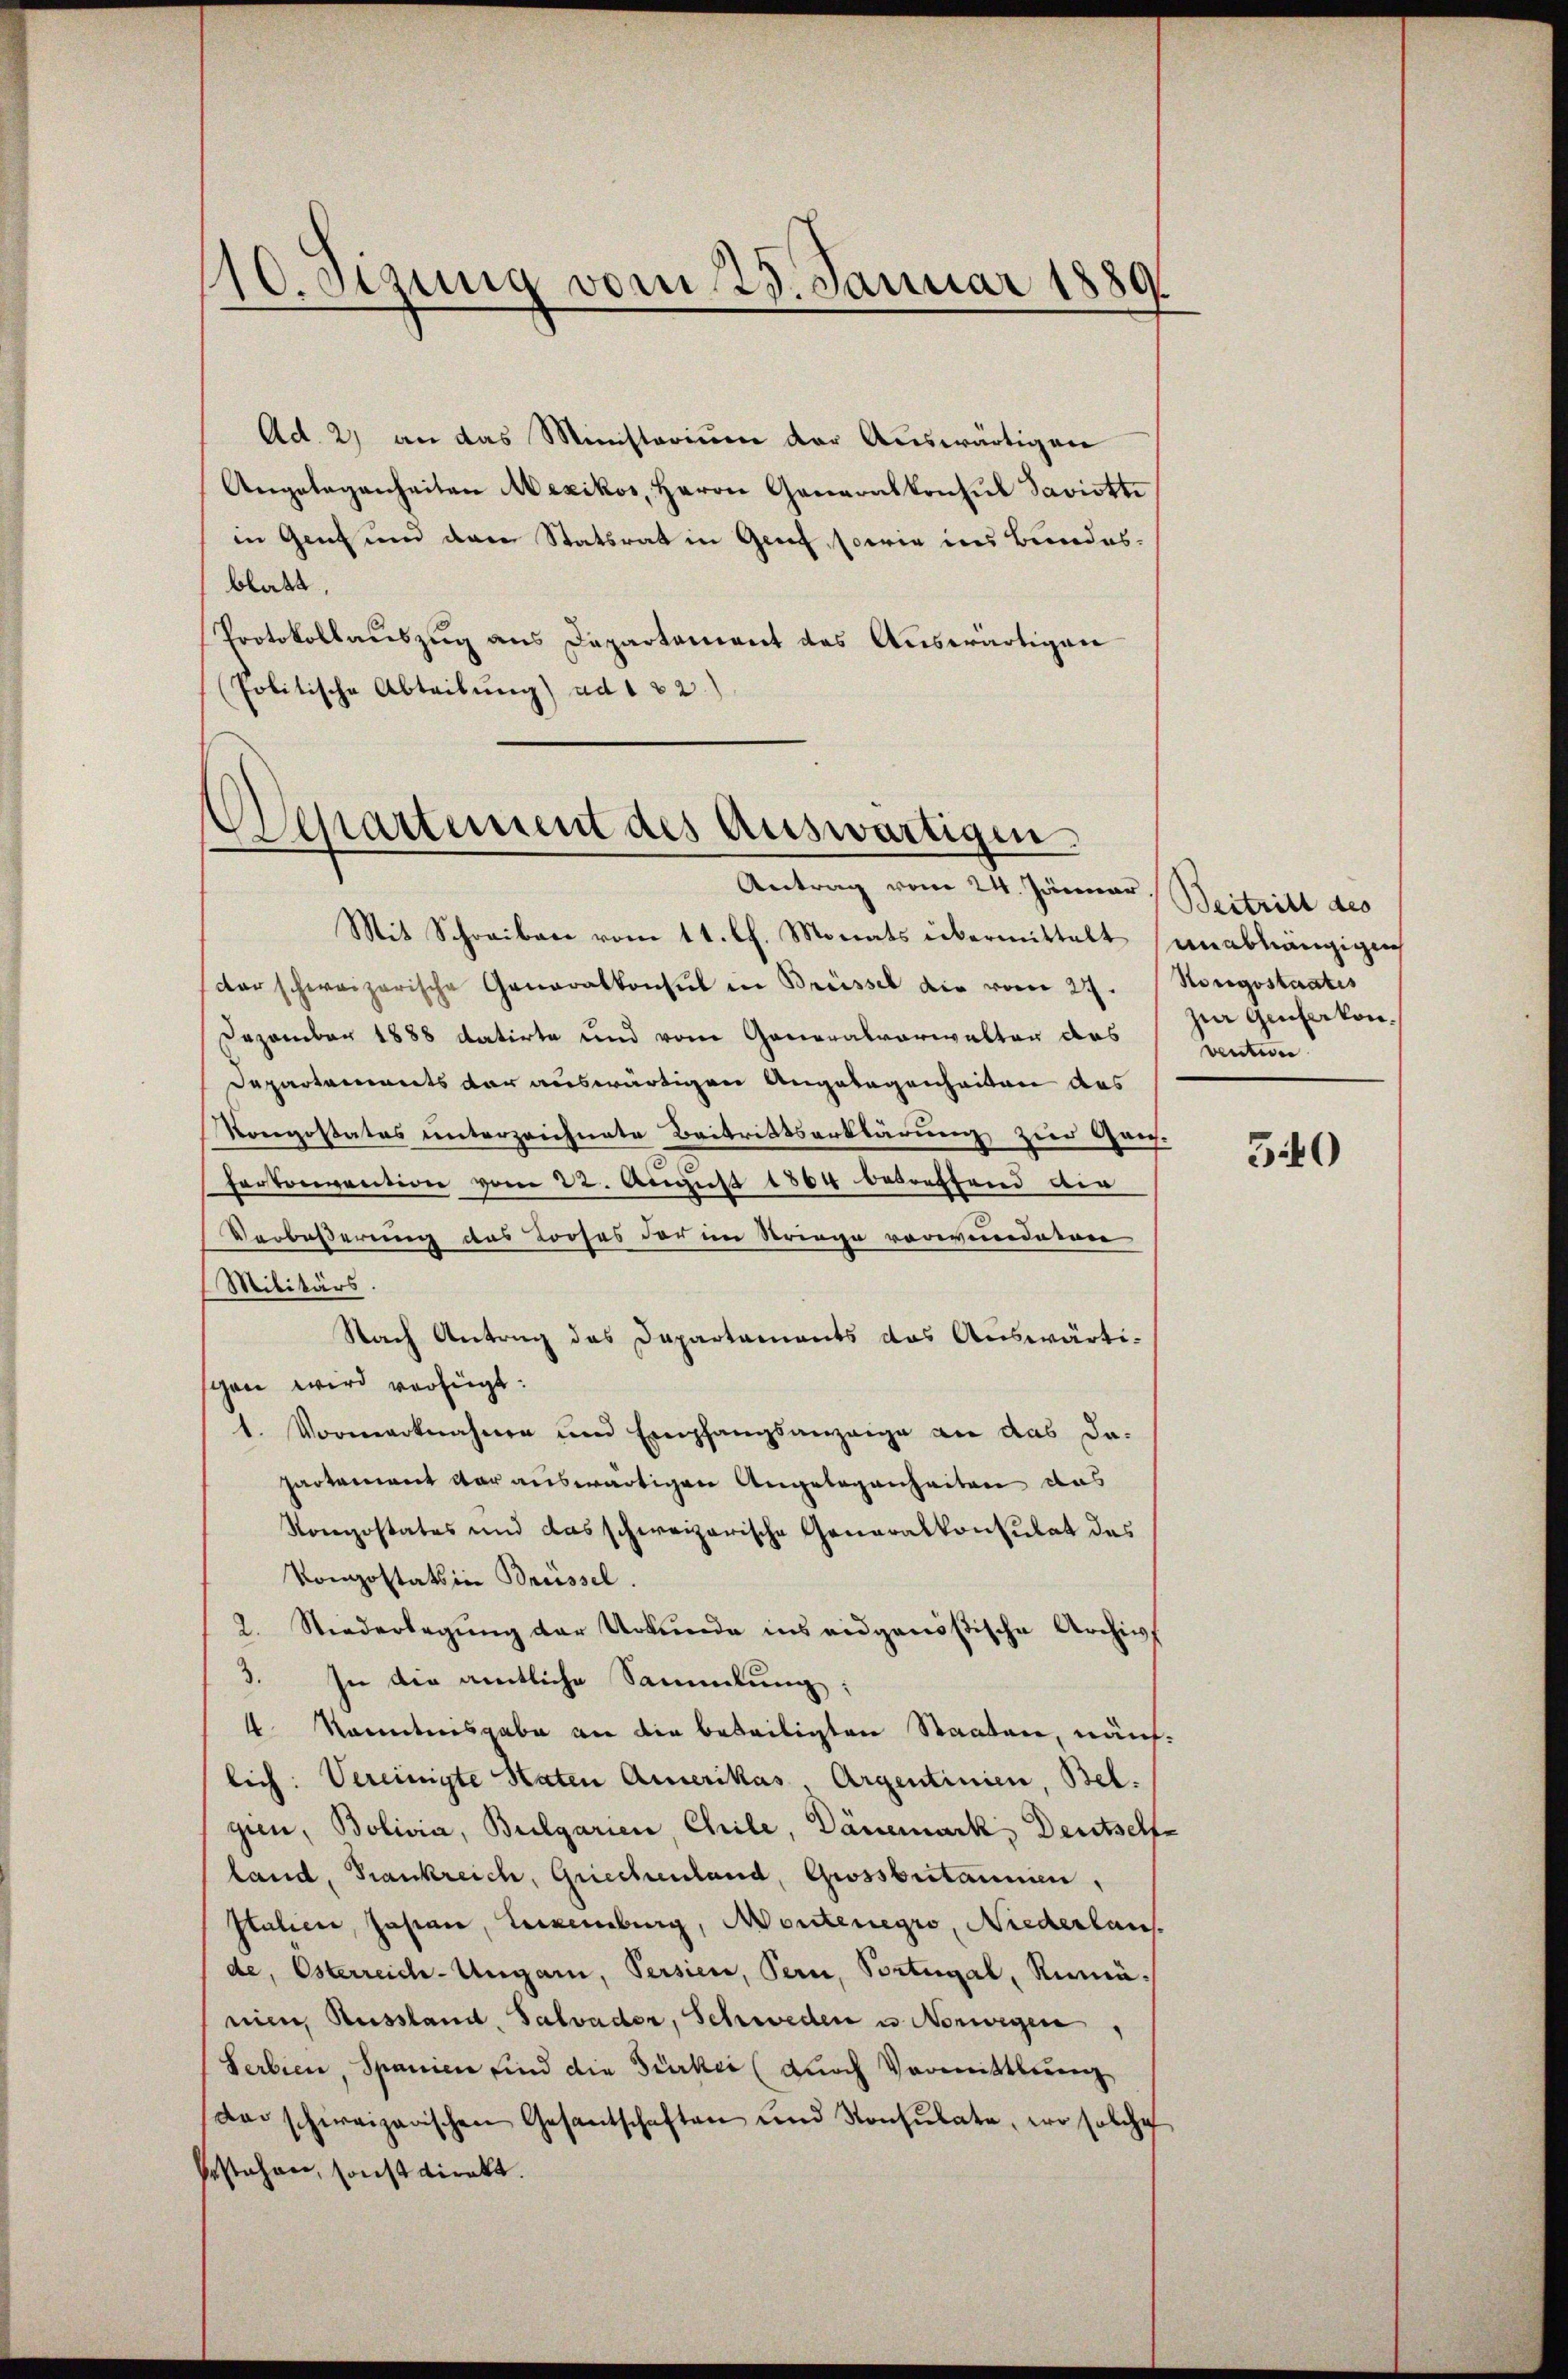
110. Sizung vom 25. Januar 1889.

Ad. 2) an das Ministerium der Auswärtigen
Angelegenheiten Mexikos, Herrn Generalkonsul Daviotti
in Genf und der Statsrat in Genf, sowie ins Bundesblatt
Protokollauszug aus Departement des Auswärtigen
(Politische Abteibung) ad 122)

Separtement des Auswärtigen
Antrag vom 24. Jänner Beitritt des

Mit Schreiben vom 11. Ch. Monats übermittelt unabhängigen
darschweizerische Generalkonsul in Brüssel die vom 27. Nongostaates
Dezember 1888 datirte und vom Generalverwalter das
Departements der auswärtigen Angelegenheiten des
Konpostates unterzeichnete Beitrittserklärung zur Gensferkonvention vom 22. August 1864 betreffend die
Verbeßerung des Looses der im Stringe vorwinderen
Militärs.
Nach Antrag das Dapartaments das Auswärtischen wird verfügt:
1. Vormerknahme ŭm Empfangsanzeige an das da-
partement war auswärtigen Angelegenheiten das
Konpostates und das schweizerische Generalkonsulat das
Komostats in Brüssel.
2. Niederlegung der Urkunde ins eidgenößische Archipf
3. In die amtliche Sammlung:
4 Kanntnisgabe von die beteiligten Staaten, näh
lich: Vereinigte Raten Amerikas, Argentinien, Belgien, Bolivia, Bulgarien, Chile, Dänemark, Deutschfe
land, Frankreich, Griechenland, Grossbritanien,
Italien, Jahren, Leckenburg, Montenegio, Niederlan
de, Osterreich-Ungari, Persien, Bern, Portugal, Rumänien, Russland. Salvader, Schweden u. Norwegen
Serbien, Spanien sind die Türkei (durch Vormittlung
der schweizerischen Gesantschaften und Konsulate, wo solche
bestehen, sonst direkt.

zur Genferkon.
Ventwer

340